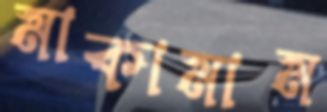
মাকামাম